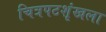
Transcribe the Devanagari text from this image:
चित्रपटशृंखला